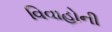
વિવાહોની